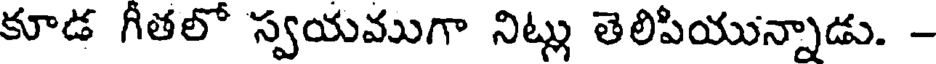
కూడ గీతలో స్వయముగా నిట్లు తెలిపియున్నాడు. -